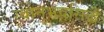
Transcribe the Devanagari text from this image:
स्वानुभवसिद्ध